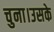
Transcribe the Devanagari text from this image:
चुना।उसके